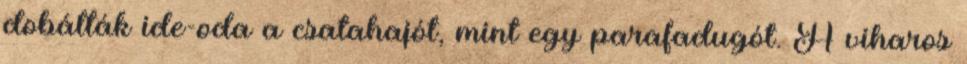
dobálták ide-oda a csatahajót, mint egy parafadugót. A viharos